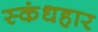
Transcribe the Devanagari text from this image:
स्कंधहार